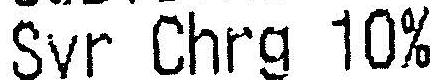
SVR CHRG 10%